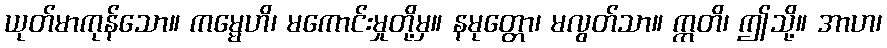
ယုတ်မာကုန်သော။ ကမ္မေဟိ၊ မကောင်းမှုတို့မှ။ နမုတ္တော၊ မလွတ်သာ။ ဣတိ၊ ဤသို့။ အာဟ၊